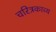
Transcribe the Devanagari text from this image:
चरित्रकाव्य